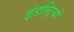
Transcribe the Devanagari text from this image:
इंडस्ट्रियों